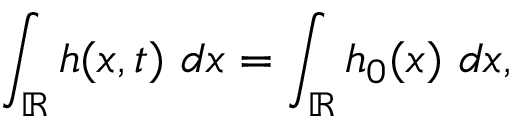
\int _ { \mathbb R } h ( x , t ) \ d x = \int _ { \mathbb R } h _ { 0 } ( x ) \ d x ,